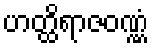
ဟတ္ထိရာဇဝဏ္ဏံ